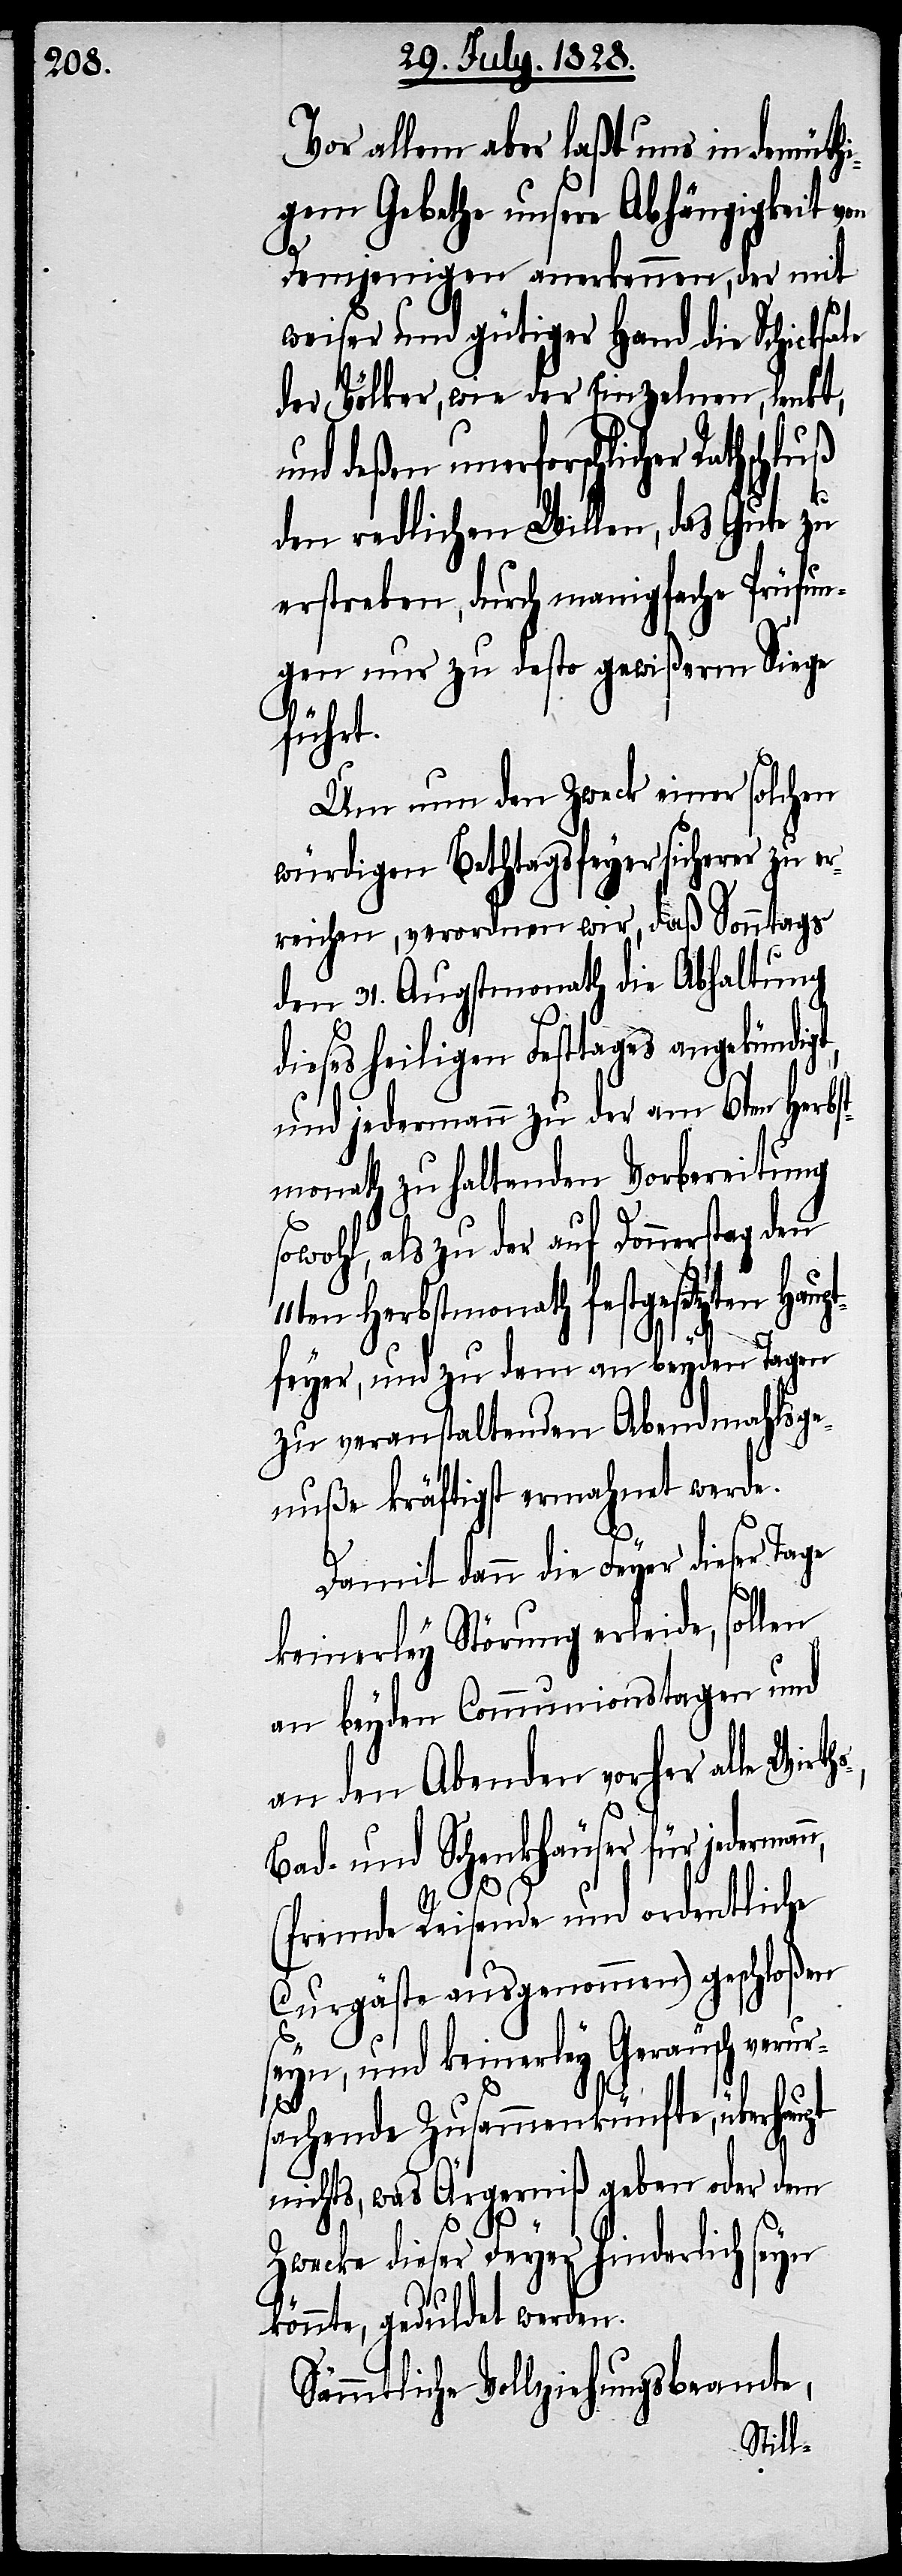
Vor allem aber laßt uns in demüth¬
igem Gebethe unsere Abhängigkeit von
Demjenigen anerkennen, der mit
weiser und gütiger Hand die Schicksale
der Völker, wie der Einzelnen, lenkt,
und deßen unerforschlicher
den redlichen Willen, das Gute zu
erstreben, durch manigfache Prüfun¬
gen nur zu desto gewißerm Siege
führt.
Um nun den Zweck einer solchen
würdigen Bethtagsfeyer sicherer zu er¬
reichen, verordnen wird, daß Sonntags
den 31. Augustmonath die Abhaltung
dieses heiligen Festtages angekündig¬
und jedermann zu der am 6ten Herbst¬
monath zu haltenden Vorbereitung
sowohl, als zu der auf Donnerstag den
en Herbstmonath festgesetzten Hau¬
ptfeyer, und zu dem an beyden Tagen
zu veranstaltenden Abendmahlsge¬
nuße kräftigst ermahnet werde.
t,
Damit dann die Feyer dieser Tage
keinerley Störung erleide, sollen
an beyden Communionstagen und
an den Abenden vorher alle
Bad- und Schenkhäuser für jederman¬
n,
(fremde Reisende und ordentliche
Curgäste ausgenommen) geschloßen
seyn, und keinerley Geräusch verur¬
11t¬
sachende Zusammenkünfte, überhaupt
nichts, was Ärgerniß geben oder dem
Zwecke dieser Feyer hinderlich seyn
könnte, geduldet werden.
Sämmtliche Vollziehungsbeamte,